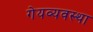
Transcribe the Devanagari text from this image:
गेयव्यवस्था